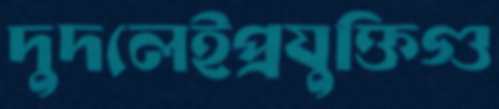
দুদলেইপ্রযুক্তিগু